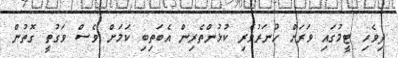
ދިވެހި ޓީމުގައި ވަރަށް ހުނަރުވެރި ކުޅުންތެރިން އެބަތިބި ކަމަށް ވެސް ވަގުތީ ގޮތުން